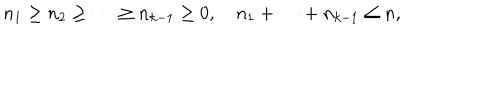
n _ { 1 } \geq n _ { 2 } \geq \cdots \geq n _ { k - 1 } \geq 0 , ~ n _ { 1 } + \cdots + n _ { k - 1 } \leq n ,